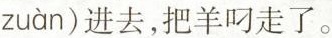
zuàn)进去，把羊刁走了。